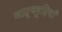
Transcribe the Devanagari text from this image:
नाट्यरूढ़ियाँ